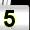
Digit: 5